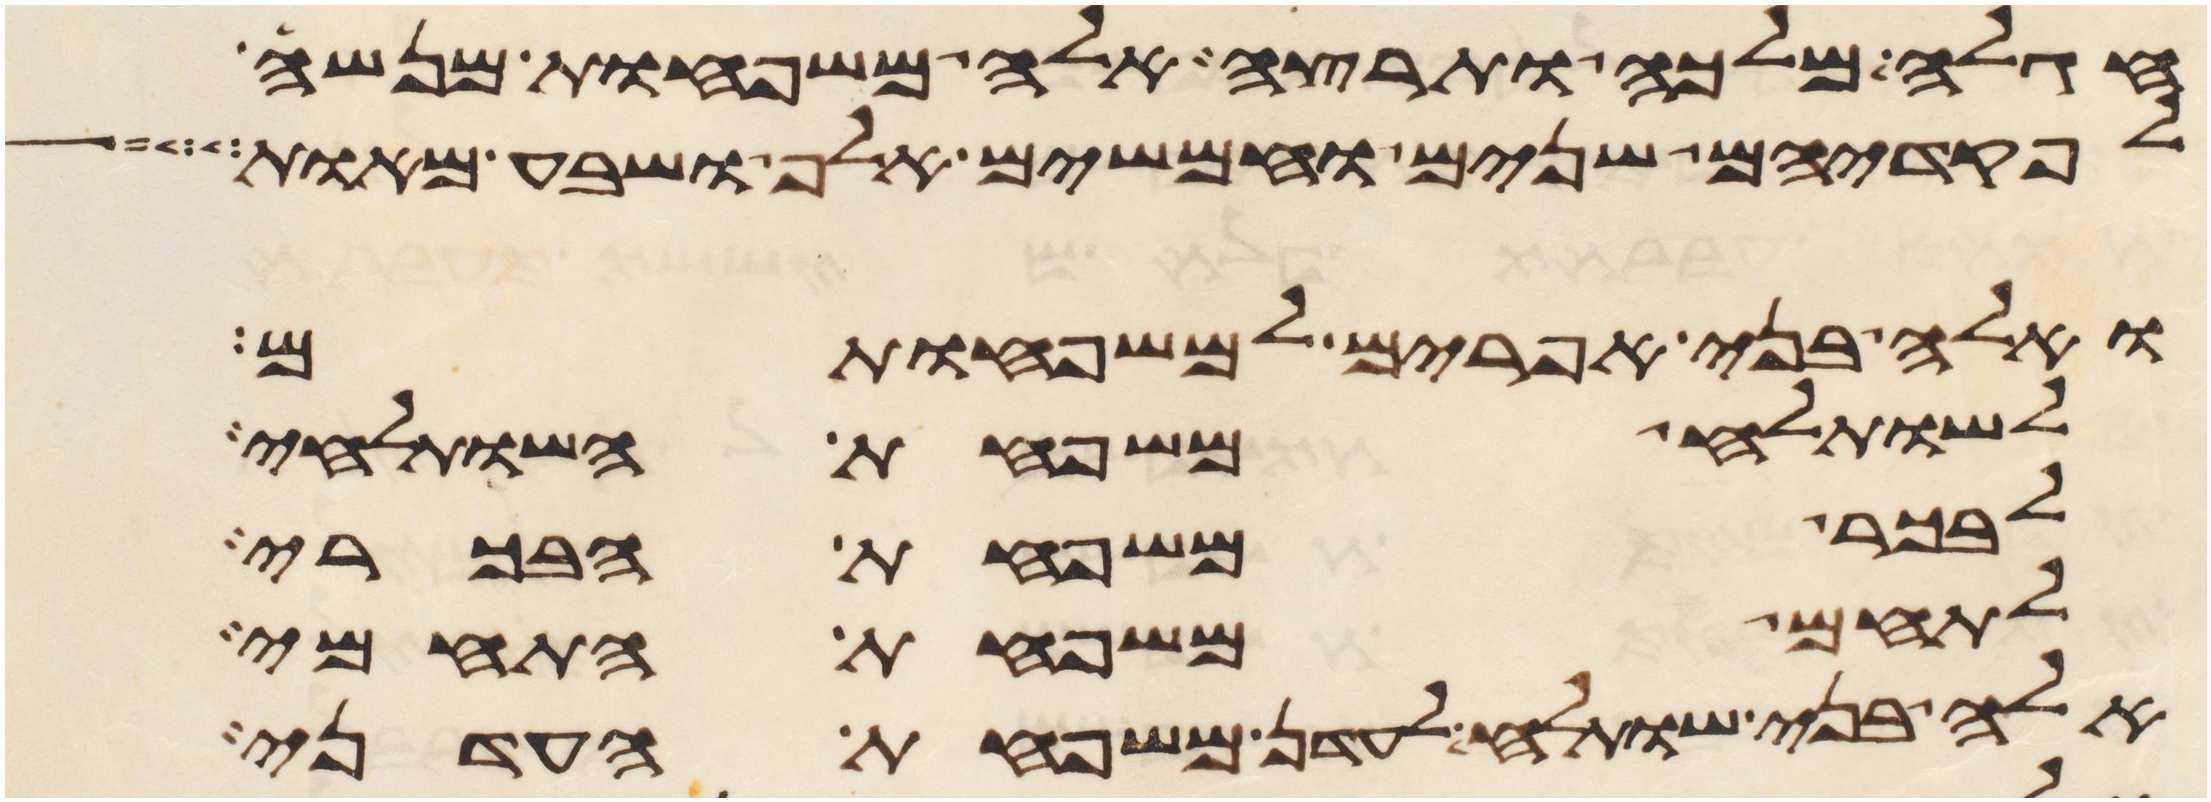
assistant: חגלה מלכה ותרצה אלה משפחות מנשה
לפקדיהם שנים וחמשים אלף ושבע מאות
ואלה בני אפרים למשפחותם
לשותלח משפחת השותלחי
לבכר משפחת הבכרי
לתחם משפחת התחמי
אלה בני שותלח לעדן משפחת העדני